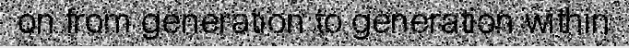
on from generation to generation within